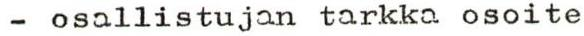
- osallistujan tarkka osoite